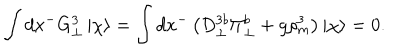
LaTeX: \int d x ^ { - } G _ { \bot } ^ { 3 } \, | \chi \rangle = \int d x ^ { - } \left( D _ { \bot } ^ { 3 b } \Pi _ { \bot } ^ { b } + g \rho _ { m } ^ { 3 } \right) | \chi \rangle = 0 .